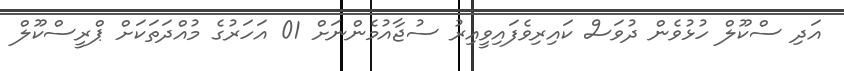
އަދި ސްކޫލް ހުޅުވެން ދުވަސް ކައިރިވެފައިވީއިރު ސުޖާއުމެންނަށް 01 އަހަރުގެ މުއްދަތަކަށް ޕްރީސްކޫލް